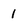
Character: 1